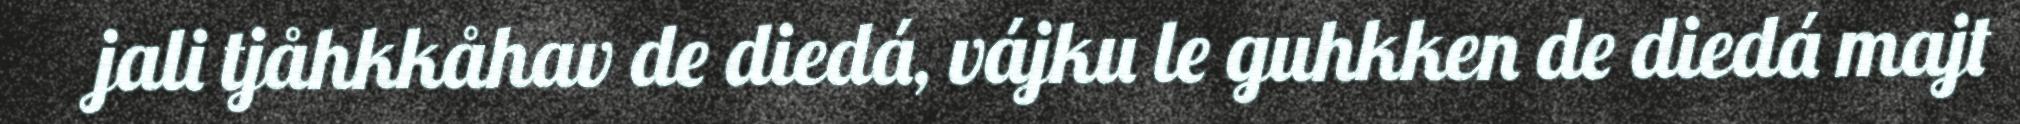
jali tjåhkkåhav de diedá, vájku le guhkken de diedá majt